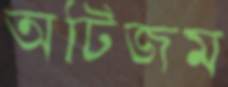
অটিজম